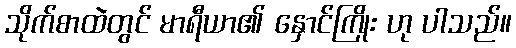
သိုက်စာထဲတွင် မာရီယာ၏ နှောင်ကြိုး ဟု ပါသည်။